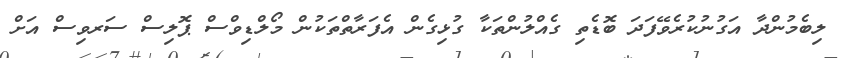
ލިބެމުންދާ އަގުނުކުރެވޭފަދަ ބޮޑެތި ގެއްލުންތަކާ ގުޅިގެން އެފަރާތްތަކުން މޯލްޑިވްސް ޕޮލިސް ސަރވިސް އަށް